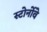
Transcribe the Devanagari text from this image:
स्टोर्नोवे